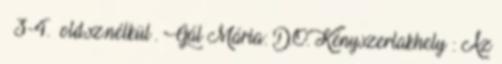
– 3-4. old.sz.nélkül . Gál Mária: D.O. Kényszerlakhely : Az